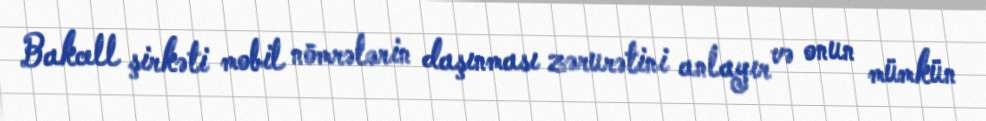
Bakcell şirkəti mobil nömrələrin daşınması zərurətini anlayır və onun mümkün